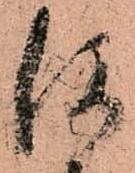
何